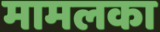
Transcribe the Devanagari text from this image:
मामलका